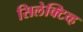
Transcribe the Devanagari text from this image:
सिलेक्टिव्ह